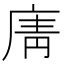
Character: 𢉑